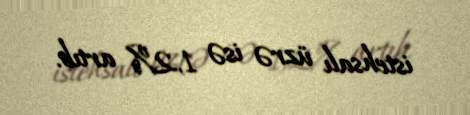
istehsalı üzrə isə 1,2% artıb.